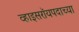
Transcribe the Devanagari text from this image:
व्हाइसरॉयपदाच्या